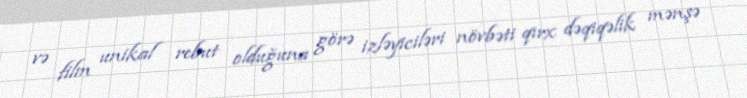
və film unikal rebut olduğuna görə izləyiciləri növbəti qırx dəqiqəlik mənşə